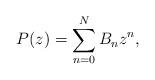
LaTeX: \begin{align*} P(z) = \sum_{n=0}^N B_nz^n,\end{align*}